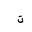
Letter: _ta